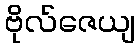
ဗိုလ်ဇေယျ